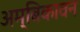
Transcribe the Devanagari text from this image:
अम्बिकावन